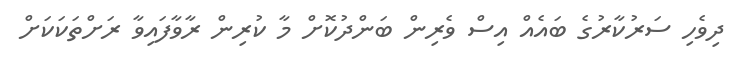
ދިވެހި ސަރުކާރުގެ ބައެއް އިސް ވެރިން ބަންދުކޮށް މާ ކުރިން ރާވާފައިވާ ރަށްތަކަކަށް